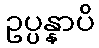
ဥပ္ပန္နာပိ